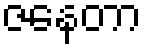
ဇနေတာ